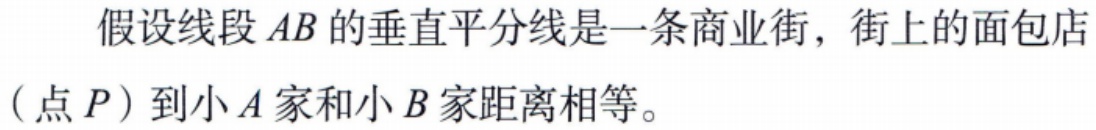
假设线段 \(AB\) 的垂直平分线是一条商业街，街上的面包店（点 \(P\)）到小 \(A\) 家和小 \(B\) 家距离相等。